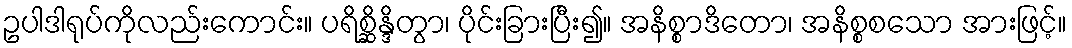
ဥပါဒါရုပ်ကိုလည်းကောင်း။ ပရိစ္ဆိန္ဒိတွာ၊ ပိုင်းခြားပြီး၍။ အနိစ္စာဒိတော၊ အနိစ္စစသော အားဖြင့်။